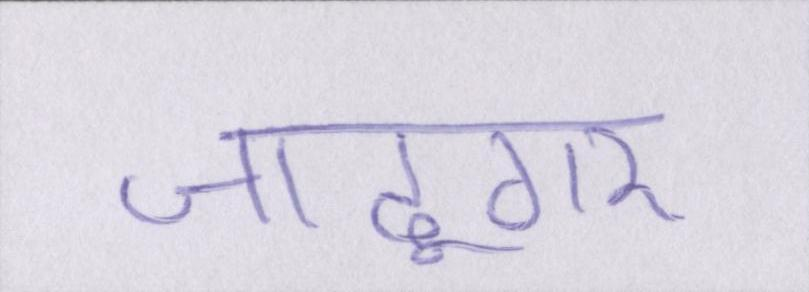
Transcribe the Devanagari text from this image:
जादूगर